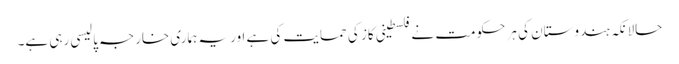
حالانکہ ہندوستان کی ہر حکومت نے فلسطینی کاز کی حمایت کی ہے اور یہ ہماری خارجہ پالیسی رہی ہے۔